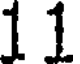
11